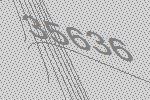
35636